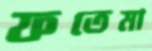
ফতেমা